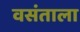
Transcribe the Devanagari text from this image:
वसंताला